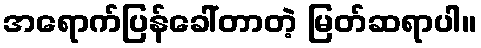
အရောက်ပြန်ခေါ်တာတဲ့ မြတ်ဆရာပါ။